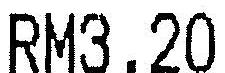
RM3.20